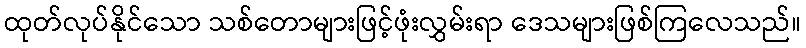
ထုတ်လုပ်နိုင်သော သစ်တောများဖြင့်ဖုံးလွှမ်းရာ ဒေသများဖြစ်ကြလေသည်။